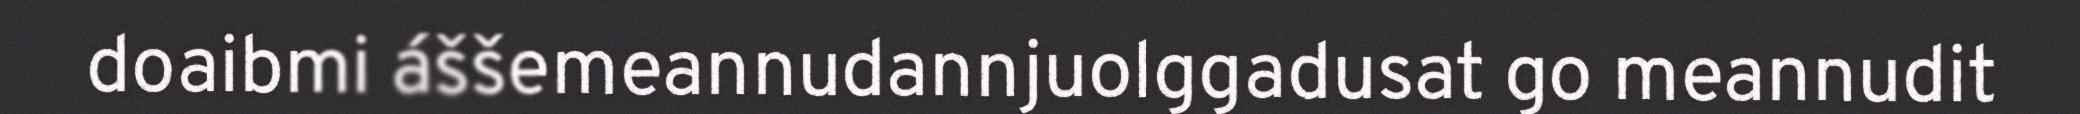
doaibmi áššemeannudannjuolggadusat go meannudit